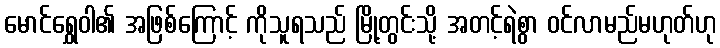
မောင်ရွှေဝါ၏ အဖြစ်ကြောင့် ကိုသူရသည် မြို့တွင်းသို့ အတင့်ရဲစွာ ဝင်လာမည်မဟုတ်ဟု